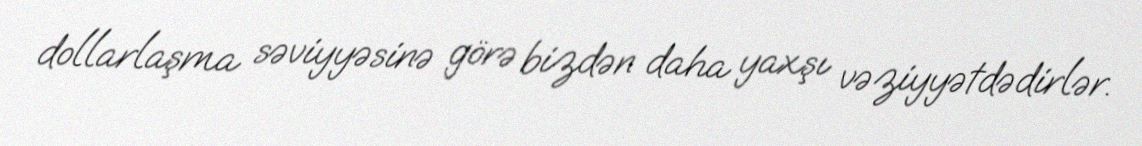
dollarlaşma səviyyəsinə görə bizdən daha yaxşı vəziyyətdədirlər.